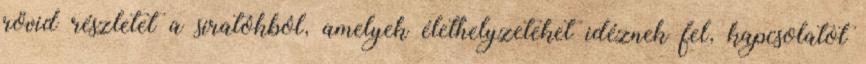
rövid részletet a siratókból, amelyek élethelyzeteket idéznek fel, kapcsolatot